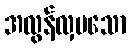
အလွန်လှပသော